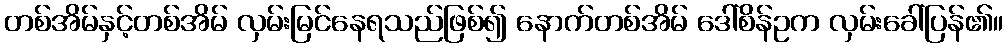
တစ်အိမ်နှင့်တစ်အိမ် လှမ်းမြင်နေရသည်ဖြစ်၍ နောက်တစ်အိမ် ဒေါ်စိန်ဥက လှမ်းခေါ်ပြန်၏။